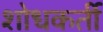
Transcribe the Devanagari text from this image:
शोधकर्ती